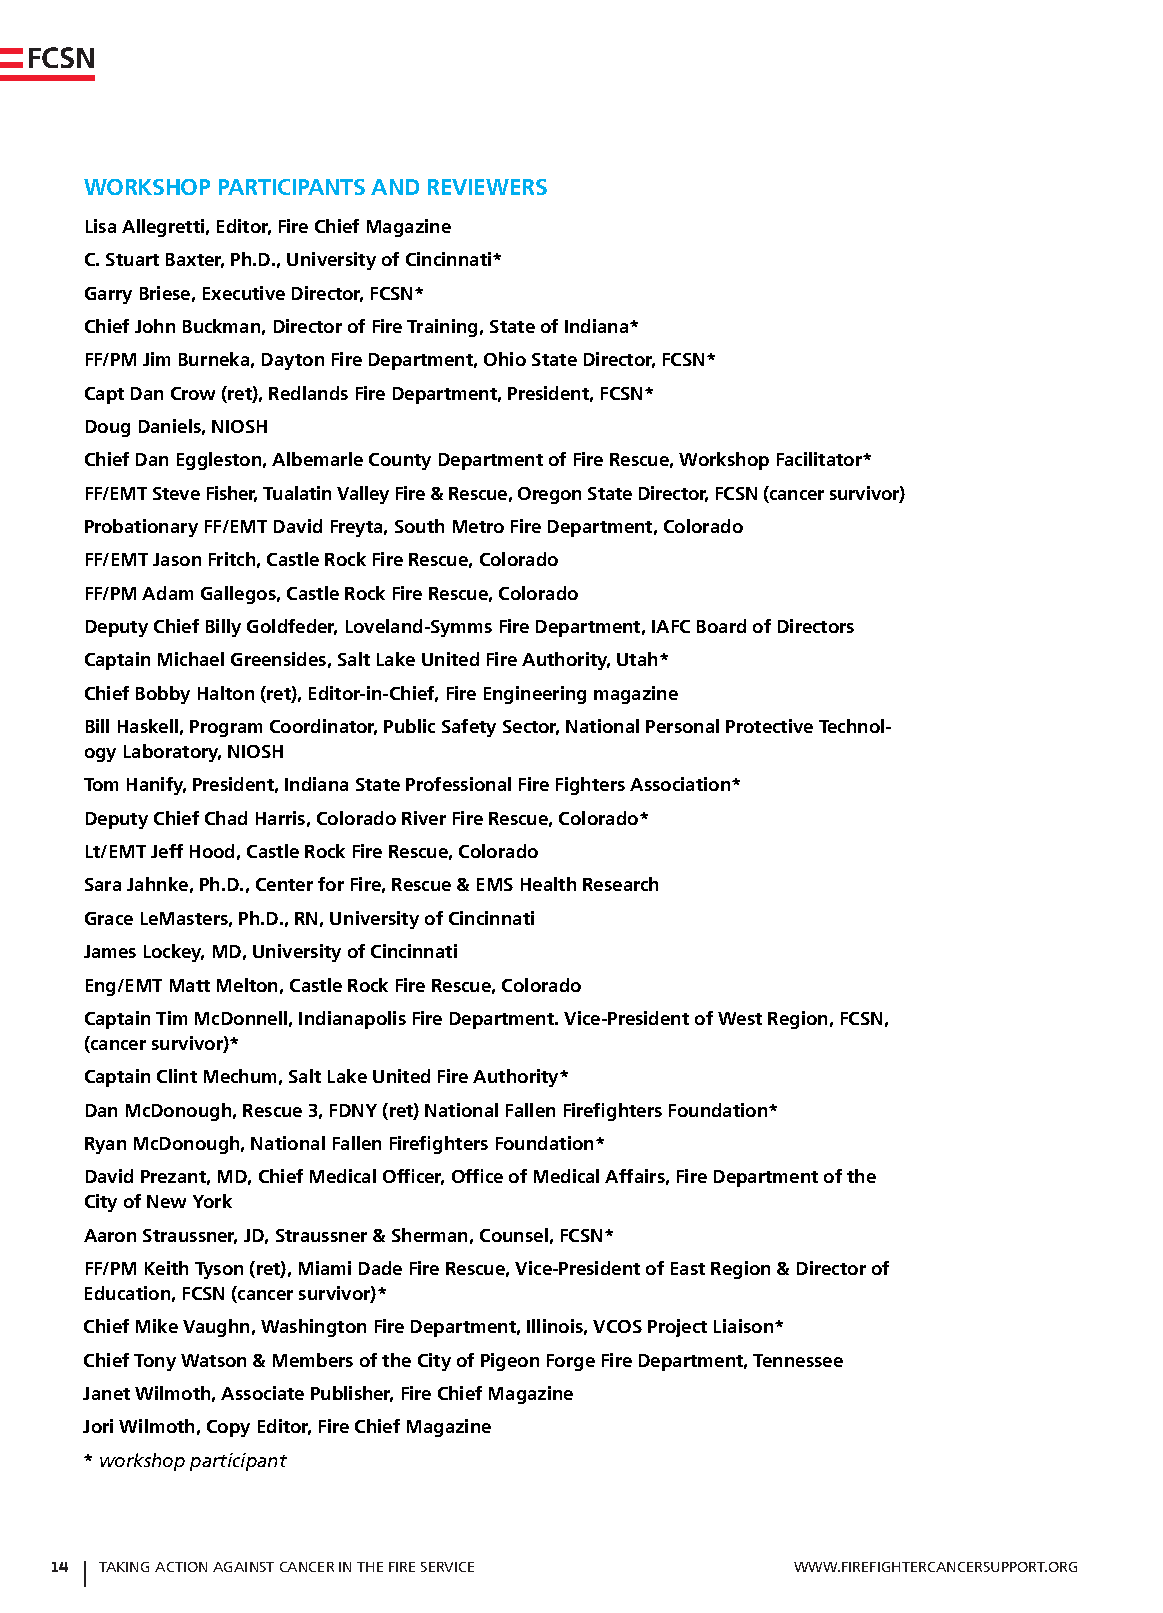
FCSN
 WoRkShop pARTiCipANTS ANd RevieWeRS
 lisa Allegretti, editor, Fire Chief magazine
 C. Stuart Baxter, ph.d., university of Cincinnati*
 garry Briese, executive director, FCSN*
 Chief John Buckman, director of Fire Training, State of indiana*
 FF/pm Jim Burneka, dayton Fire department, ohio State director, FCSN*
 Capt dan Crow (ret), Redlands Fire department, president, FCSN*
 doug daniels, NioSh
 Chief dan eggleston, Albemarle County department of Fire Rescue, Workshop Facilitator*
 FF/emT Steve Fisher, Tualatin valley Fire & Rescue, oregon State director, FCSN (cancer survivor)
 probationary FF/emT david Freyta, South metro Fire department, Colorado
 FF/emT Jason Fritch, Castle Rock Fire Rescue, Colorado
 FF/pm Adam gallegos, Castle Rock Fire Rescue, Colorado
 deputy Chief Billy goldfeder, loveland-Symms Fire department, iAFC Board of directors
 Captain michael greensides, Salt lake united Fire Authority, utah*
 Chief Bobby halton (ret), editor-in-Chief, Fire engineering magazine
 Bill haskell, program Coordinator, public Safety Sector, National personal protective Technol-
 ogy laboratory, NioSh
 Tom hanify, president, indiana State professional Fire Fighters Association*
 deputy Chief Chad harris, Colorado River Fire Rescue, Colorado*
 lt/emT Jeff hood, Castle Rock Fire Rescue, Colorado
 Sara Jahnke, ph.d., Center for Fire, Rescue & emS health Research
 grace lemasters, ph.d., RN, university of Cincinnati
 James lockey, md, university of Cincinnati
 eng/emT matt melton, Castle Rock Fire Rescue, Colorado
 Captain Tim mcdonnell, indianapolis Fire department. vice-president of West Region, FCSN,
 (cancer survivor)*
 Captain Clint mechum, Salt lake united Fire Authority*
 dan mcdonough, Rescue 3, FdNy (ret) National Fallen Firefighters Foundation*
 Ryan mcdonough, National Fallen Firefighters Foundation*
 david prezant, md, Chief medical officer, office of medical Affairs, Fire department of the
 City of New york
 Aaron Straussner, Jd, Straussner & Sherman, Counsel, FCSN*
 FF/pm keith Tyson (ret), miami dade Fire Rescue, vice-president of east Region & director of
 education, FCSN (cancer survivor)*
 Chief mike vaughn, Washington Fire department, illinois, vCoS project liaison*
 Chief Tony Watson & members of the City of pigeon Forge Fire department, Tennessee
 Janet Wilmoth, Associate publisher, Fire Chief magazine
 Jori Wilmoth, Copy editor, Fire Chief magazine
 * workshop participant
 14  TAking AcTion AgAinST cAnceR in THe FiRe SeRvice WWW.FiReFigHTeRcAnceRSuPPoRT.oRg